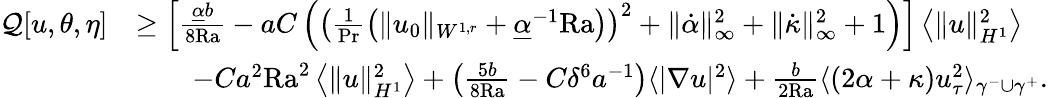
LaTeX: \begin{array}{rl}{\mathcal{Q}[u,\theta,\eta]}&{\geq\left[\frac{\underline{{\alpha}}b}{8\mathrm{{Ra}}}-aC\left(\left(\frac{1}{\mathrm{Pr}}\left(\| u_{0}\| _{W^{1,r}}+\underline{{\alpha}}^{-1}\mathrm{{Ra}}\right)\right)^{2}+\| \dot{\alpha}\| _{\infty}^{2}+\| \dot{\kappa}\| _{\infty}^{2}+1\right)\right]\left\langle\| u\| _{H^{1}}^{2}\right\rangle}\\ &{\qquad-Ca^{2}{\mathrm{Ra}}^{2}\left\langle\| u\| _{H^{1}}^{2}\right\rangle+\left(\frac{5b}{8\mathrm{{Ra}}}-C\delta^{6}a^{-1}\right)\langle|\nabla u|^{2}\rangle+\frac{b}{2{\mathrm{Ra}}}\langle(2\alpha+\kappa)u_{\tau}^{2}\rangle_{\gamma^{-}\cup\gamma^{+}}.}\end{array}